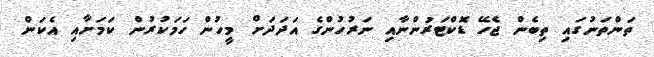
ތަންތަނުގައި ތިބެން ޖެހޭ ޑޮކްޓަރުންނާއި ނަރުހުންގެ އަދަދަށް މީހުން ހަމަކުރުން ކަމަށާއި އެކަން